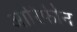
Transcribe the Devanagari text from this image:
आरिफीन